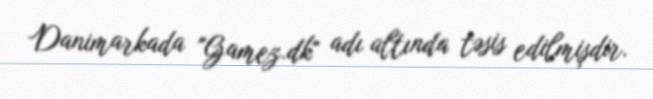
Danimarkada "Gamez.dk" adı altında təsis edilmişdir.